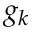
g _ { k }